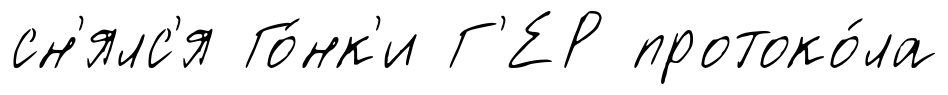
сн'ялс'я Го́нк'и Г'ЕР протоко́ла